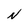
Character: N